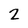
Character: 2